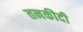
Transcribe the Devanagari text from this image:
तनकीदी